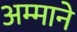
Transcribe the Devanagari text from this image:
अम्माने